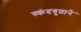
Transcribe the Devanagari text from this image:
स्कंदगुप्ताने